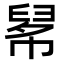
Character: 𢄚